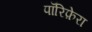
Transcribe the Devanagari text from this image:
पॉरिफ़ेरा